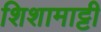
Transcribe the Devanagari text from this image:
शिशामाट्टी